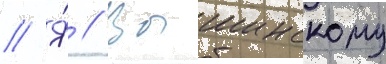
// Я́ // Вышинскому